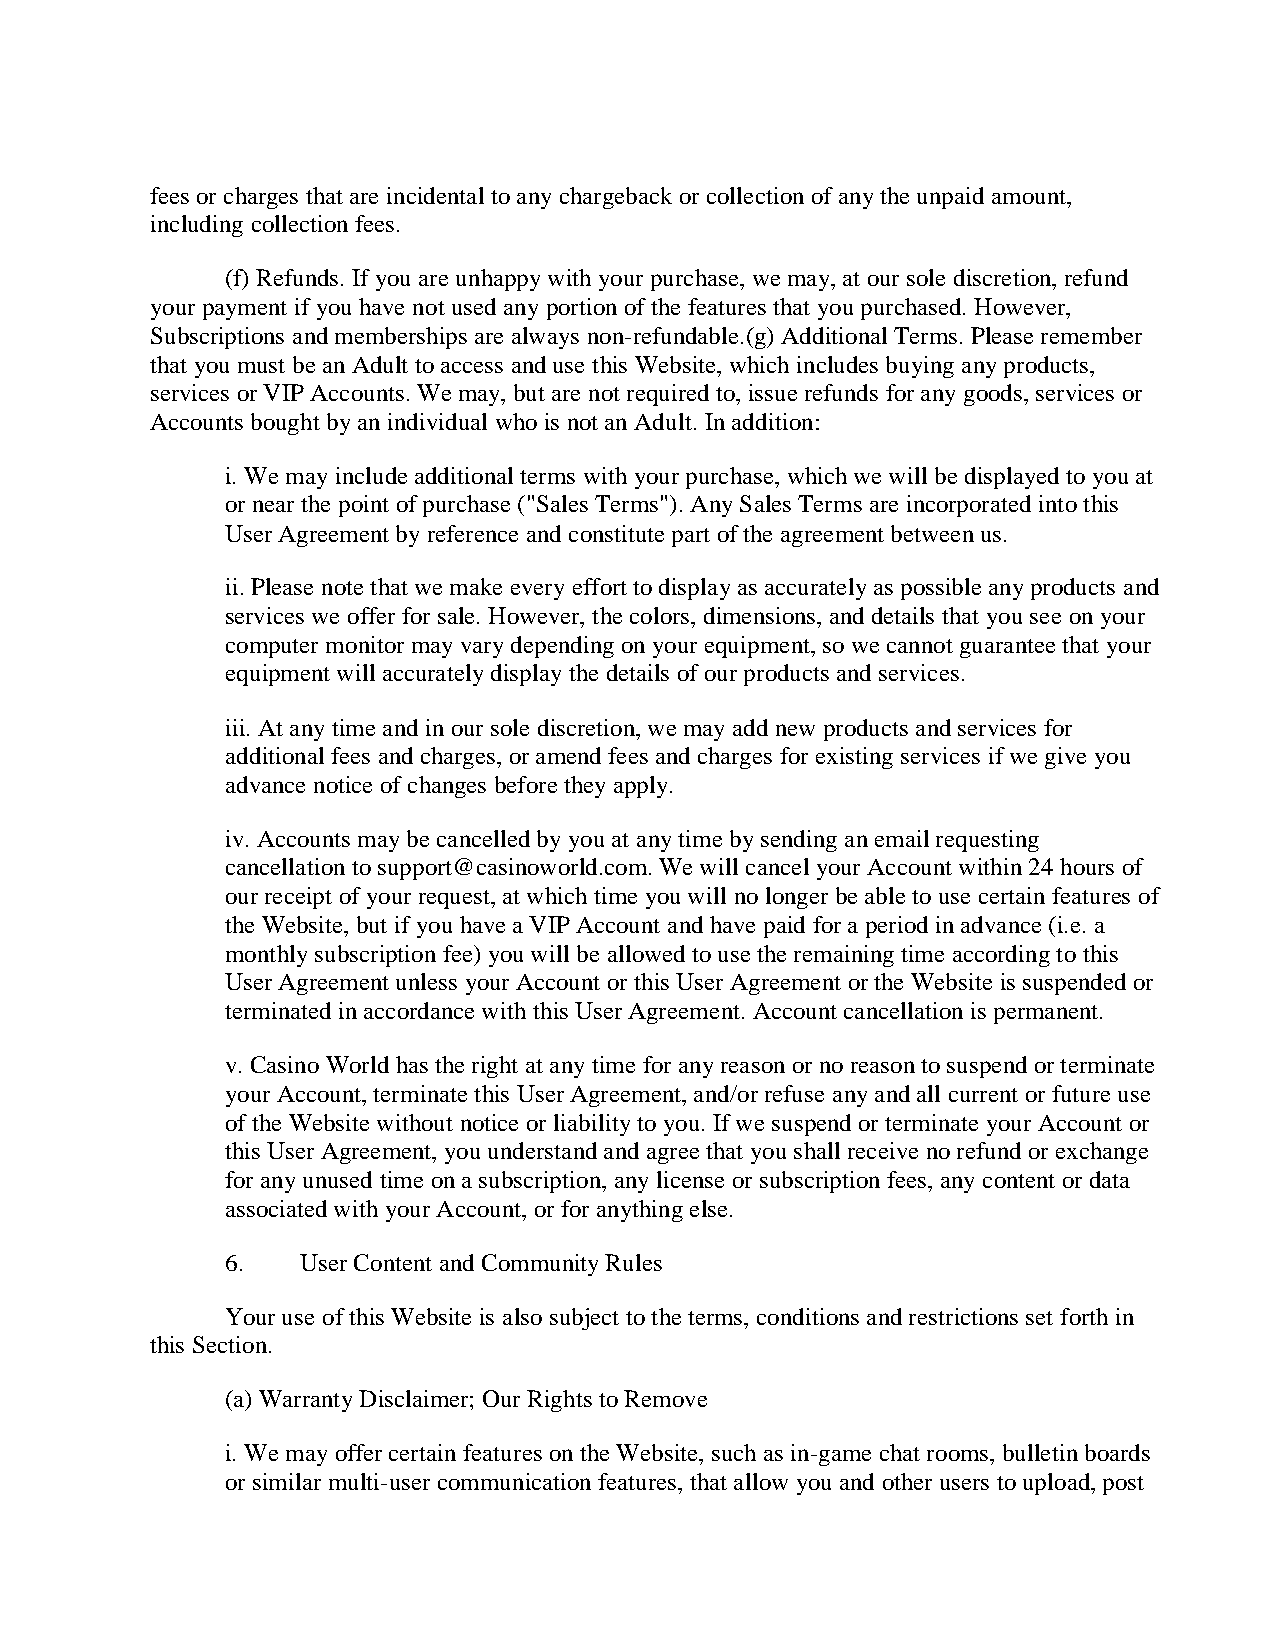
fees or charges that are incidental to any chargeback or collection of any the unpaid amount,
 including collection fees.
 (f) Refunds. If you are unhappy with your purchase, we may, at our sole discretion, refund
 your payment if you have not used any portion of the features that you purchased. However,
 Subscriptions and memberships are always non-refundable.(g) Additional Terms. Please remember
 that you must be an Adult to access and use this Website, which includes buying any products,
 services or VIP Accounts. We may, but are not required to, issue refunds for any goods, services or
 Accounts bought by an individual who is not an Adult. In addition:
 i. We may include additional terms with your purchase, which we will be displayed to you at
 or near the point of purchase ("Sales Terms"). Any Sales Terms are incorporated into this
 User Agreement by reference and constitute part of the agreement between us.
 ii. Please note that we make every effort to display as accurately as possible any products and
 services we offer for sale. However, the colors, dimensions, and details that you see on your
 computer monitor may vary depending on your equipment, so we cannot guarantee that your
 equipment will accurately display the details of our products and services.
 iii. At any time and in our sole discretion, we may add new products and services for
 additional fees and charges, or amend fees and charges for existing services if we give you
 advance notice of changes before they apply.
 iv. Accounts may be cancelled by you at any time by sending an email requesting
 cancellation to support@casinoworld.com. We will cancel your Account within 24 hours of
 our receipt of your request, at which time you will no longer be able to use certain features of
 the Website, but if you have a VIP Account and have paid for a period in advance (i.e. a
 monthly subscription fee) you will be allowed to use the remaining time according to this
 User Agreement unless your Account or this User Agreement or the Website is suspended or
 terminated in accordance with this User Agreement. Account cancellation is permanent.
 v. Casino World has the right at any time for any reason or no reason to suspend or terminate
 your Account, terminate this User Agreement, and/or refuse any and all current or future use
 of the Website without notice or liability to you. If we suspend or terminate your Account or
 this User Agreement, you understand and agree that you shall receive no refund or exchange
 for any unused time on a subscription, any license or subscription fees, any content or data
 associated with your Account, or for anything else.
 6.   User Content and Community Rules
 Your use of this Website is also subject to the terms, conditions and restrictions set forth in
 this Section.
 (a) Warranty Disclaimer; Our Rights to Remove
 i. We may offer certain features on the Website, such as in-game chat rooms, bulletin boards
 or similar multi-user communication features, that allow you and other users to upload, post